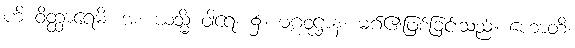
ဟိ ဝိတ္ထာရေမိ၊ အံ့။ ယသ္မိံ ဝါရေ၊ ၌။ မဂ္ဂဝုဋ္ဌာနံ၊ မဂ်၏ဖြစ်ခြင်းသည်။ ဟောတိ၊